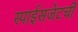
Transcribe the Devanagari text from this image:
स्पाईसजेटची